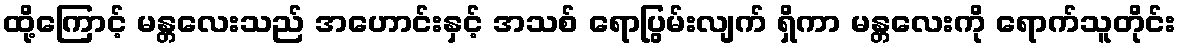
ထို့ကြောင့် မန္တလေးသည် အဟောင်းနှင့် အသစ် ရောပြွမ်းလျက် ရှိကာ မန္တလေးကို ရောက်သူတိုင်း